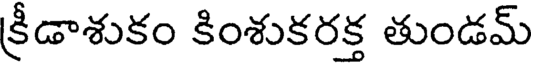
క్రీడాశుకం కింశుకరక్త తుండమ్